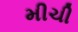
મીચી